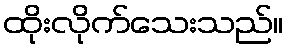
ထိုးလိုက်သေးသည်။